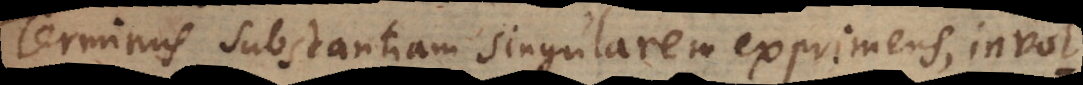
Terminus substantiam singularem exprimens, invol